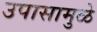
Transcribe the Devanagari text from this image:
उपासामुळे